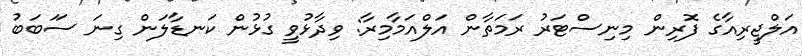
އަލްޖީރިއާގެ ފޮރިން މިނިސްޓަރު ރަމަތާން އަލްއަމާމިރާ: ވިދާޅުވީ ގުޅުން ކަނޑާލަން ގިނަ ސަަބަބު